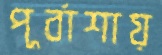
পূর্বাশায়